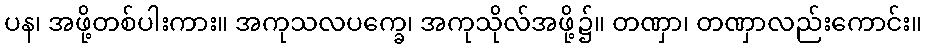
ပန၊ အဖို့တစ်ပါးကား။ အကုသလပက္ခေ၊ အကုသိုလ်အဖို့၌။ တဏှာ၊ တဏှာလည်းကောင်း။